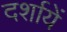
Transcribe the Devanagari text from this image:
दर्शायें